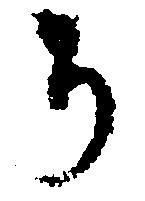
ち